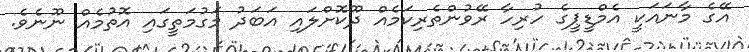
އޭގެ މާނައަކީ އެމްޑީޕީގެ ހުރިހާ ރޭވުންތެރިކަމެއް ދޫކޮށްލައި އަބަދު މަގުމަތީގައި އޮތުމެއް ނޫނެވެ.